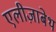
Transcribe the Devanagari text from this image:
एलीज़ाबेथ